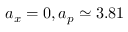
a _ { x } = 0 , a _ { p } \simeq 3 . 8 1